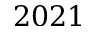
2 0 2 1